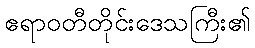
ဧရာဝတီတိုင်းဒေသကြီး၏